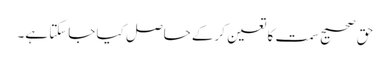
حق صحیح سمت کا تعین کرکے حاصل کیا جاسکتا ہے۔